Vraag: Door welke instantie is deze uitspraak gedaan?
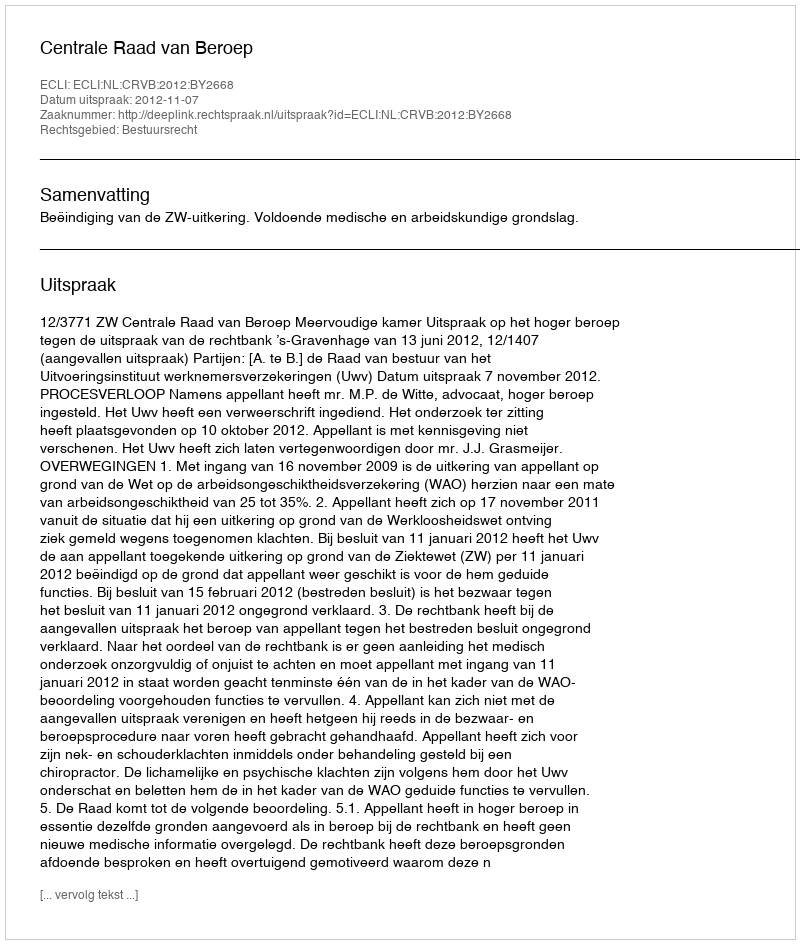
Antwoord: Centrale Raad van Beroep